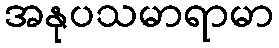
အနုပသမာရာမာ